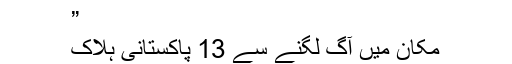
”
مکان میں آگ لگنے سے 13 پاکستانی ہلاک